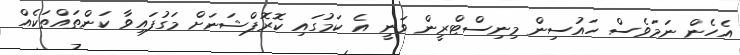
އެހެން ނަމަވެސް ހައުސިން މިނިސްޓްރީން ވަނީ އެ ކަމުގައި ކޮރޮޕްޝަނަށް މަގުފައިވާ ކަންތައްތަކެއް